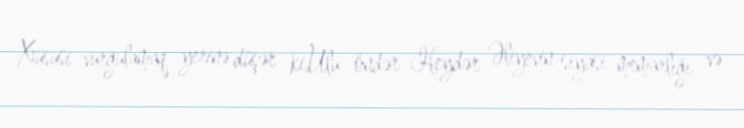
Xüsusi vurğulamaq yerinə düşər ki,Ulu öndər Heydər Əliyevin siyasi memarlığı və